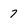
Character: 7